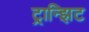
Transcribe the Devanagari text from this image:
ट्रान्झिट